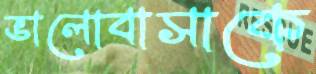
ভালোবাসাকে